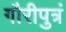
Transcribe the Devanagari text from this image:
गौरीपुत्रं